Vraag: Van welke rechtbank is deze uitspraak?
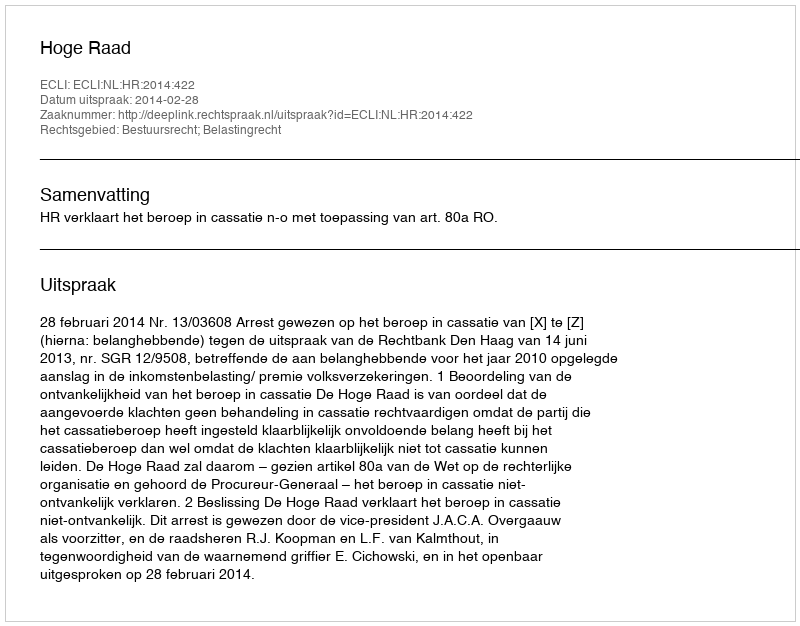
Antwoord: Hoge Raad